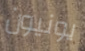
يونيون